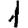
Digit: 1